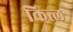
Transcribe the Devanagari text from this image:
कित्ल